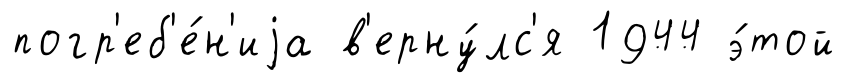
погр'еб'е́н'иjа в'ерну́лс'я 1944 э́той